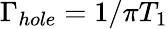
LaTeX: \Gamma_{hole}=1/\pi T_{1}